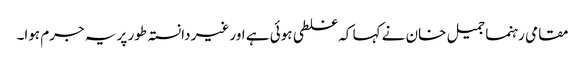
مقامی رہنما جمیل خان نے کہا کہ غلطی ہوئی ہے اور غیر دانستہ طور پر یہ جرم ہوا۔